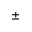
\mathbf { \pm }